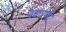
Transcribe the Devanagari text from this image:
वडारणी